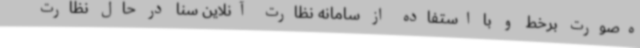
ه‌صورت برخط و با استفاده از سامانه نظارت آنلاین سنا در حال نظارت